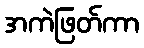
အကဲဖြတ်ကာ